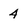
Character: 4